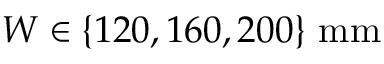
W \in \{ 1 2 0 , 1 6 0 , 2 0 0 \} \ \mathrm { m m }